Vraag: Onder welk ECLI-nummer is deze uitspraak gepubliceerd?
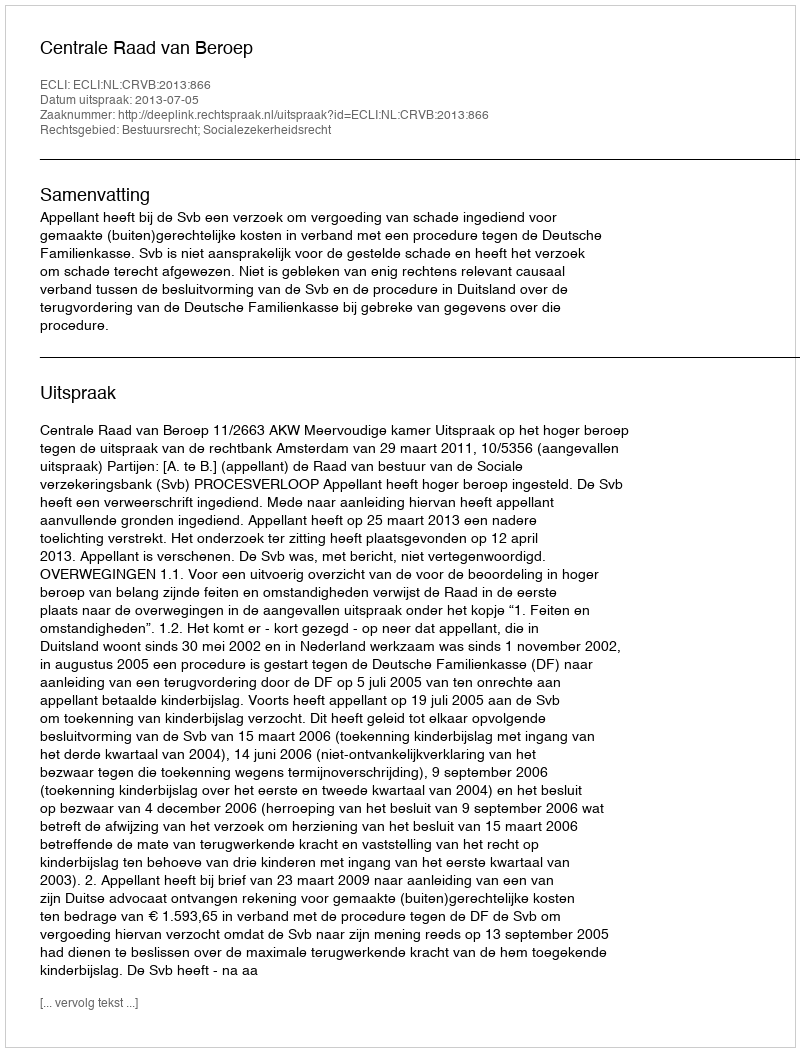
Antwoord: ECLI:NL:CRVB:2013:866